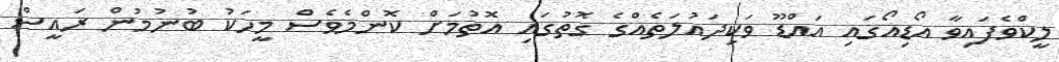
ލީކްވެފައިވާ އޯޑިއޯގައި އައްޑޫ ވަކިދައުލަތެއްގެ ގޮތުގައި އޮތުމަށް ކޮންމެވެސް މީހަކު ބުނުމުން ރައީސް